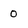
Character: 0